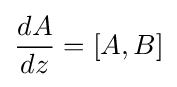
{\frac {dA}{dz}}=[A,B]